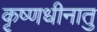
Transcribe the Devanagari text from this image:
कृष्णधीनातु